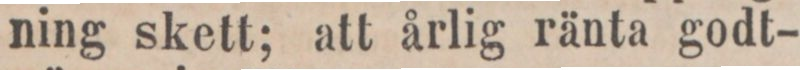
ning skett; att årlig ränta godt-